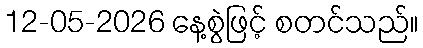
12-05-2026 နေ့စွဲဖြင့် စတင်သည်။